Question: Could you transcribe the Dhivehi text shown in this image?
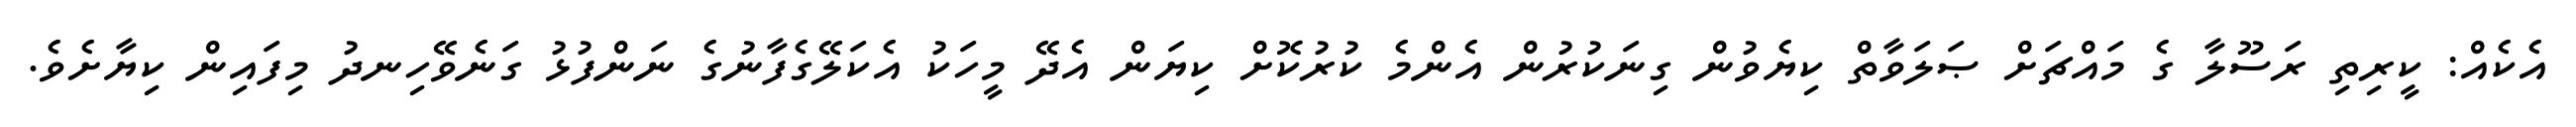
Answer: އެކެއް: ކީރިތި ރަސޫލާ ގެ މައްޗަށް ޞަލަވާތް ކިޔެވުން ގިނަކުރުން އެންމެ ކުރުކޮށް ކިޔަން އެދޭ މީހަކު އެކަލޭގެފާނުގެ ނަންފުޅު ގަނެވޭހިނދު މިފައިން ކިޔާށެވެ.